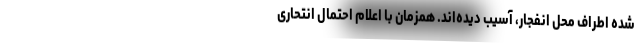
شده اطراف محل انفجار، آسیب دیده‌اند. همزمان با اعلام احتمال انتحاری